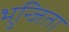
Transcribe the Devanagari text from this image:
भुन्जिता